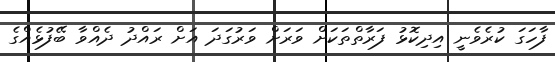
ފާހަގަ ކުރެވެނީ އިދިކޮޅު ފަރާތްތަކަށް ވަރަށް ވަރުގަދަ އަށް ރައްދު ދެއްވާ ބޭފުޅެއްގެ